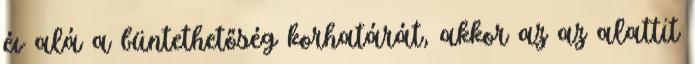
év alá a büntethetőség korhatárát, akkor az az alattit